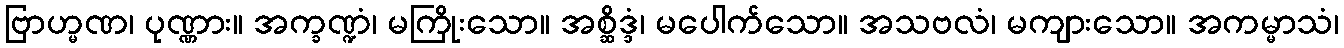
ဗြာဟ္မဏ၊ ပုဏ္ဏား။ အက္ခဏ္ဍံ၊ မကြိုးသော။ အစ္ဆိဒ္ဒံ၊ မပေါက်သော။ အသဗလံ၊ မကျားသော။ အကမ္မာသံ၊